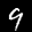
Label: 9